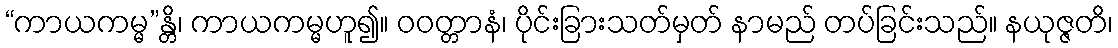
“ကာယကမ္မ”န္တိ၊ ကာယကမ္မဟူ၍။ ဝဝတ္တာနံ၊ ပိုင်းခြားသတ်မှတ် နာမည် တပ်ခြင်းသည်။ နယုဇ္ဇတိ၊